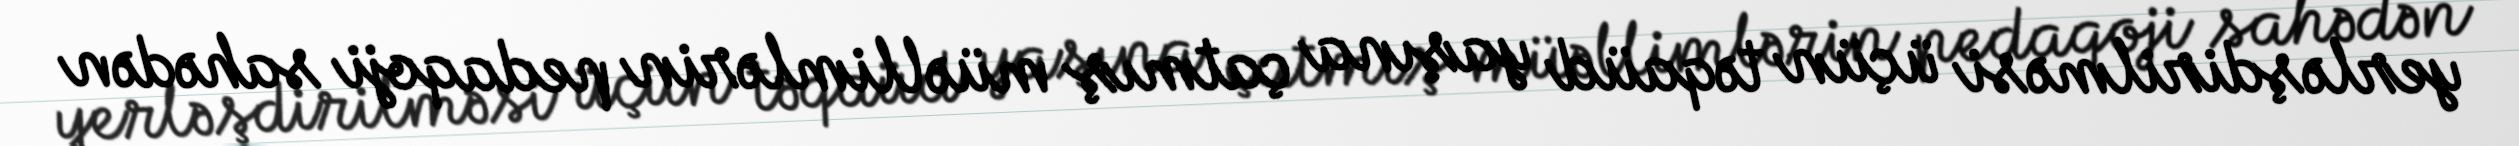
yerləşdirilməsi üçün təqaüd yaşına çatmış müəllimlərin pedaqoji sahədən